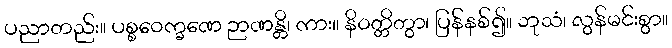
ပညာတည်း။ ပစ္စဝေက္ခဏေ ဉာဏန္တိ၊ ကား။ နိဝတ္တိတွာ၊ ပြန်နစ်၍။ ဘုသံ၊ လွန်မင်းစွာ။